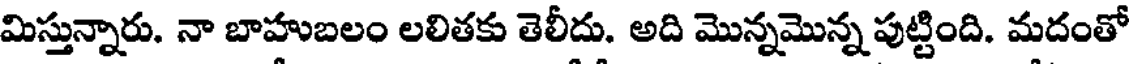
మిస్తున్నారు. నా బాహుబలం లలితకు తెలీదు. అది మొన్నమొన్న పుట్టింది. మదంతో